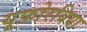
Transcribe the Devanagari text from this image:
यूफ़ोरबिया